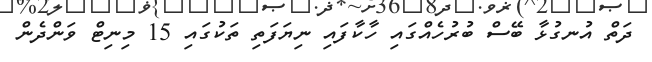
ދަތް އުނގުޅާ ބޭސް ބުރުހެއްގައި ހާކާފައި ނިޔަފަތި ތަކުގައި 15 މިނިޓް ވަންދެން